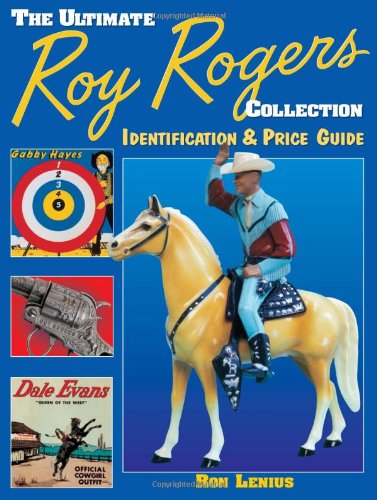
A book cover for The Ultimate Roy Rogers Collection: Identification & Price Guide; Ron Lenius; Crafts, Hobbies & Home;